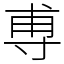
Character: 尃